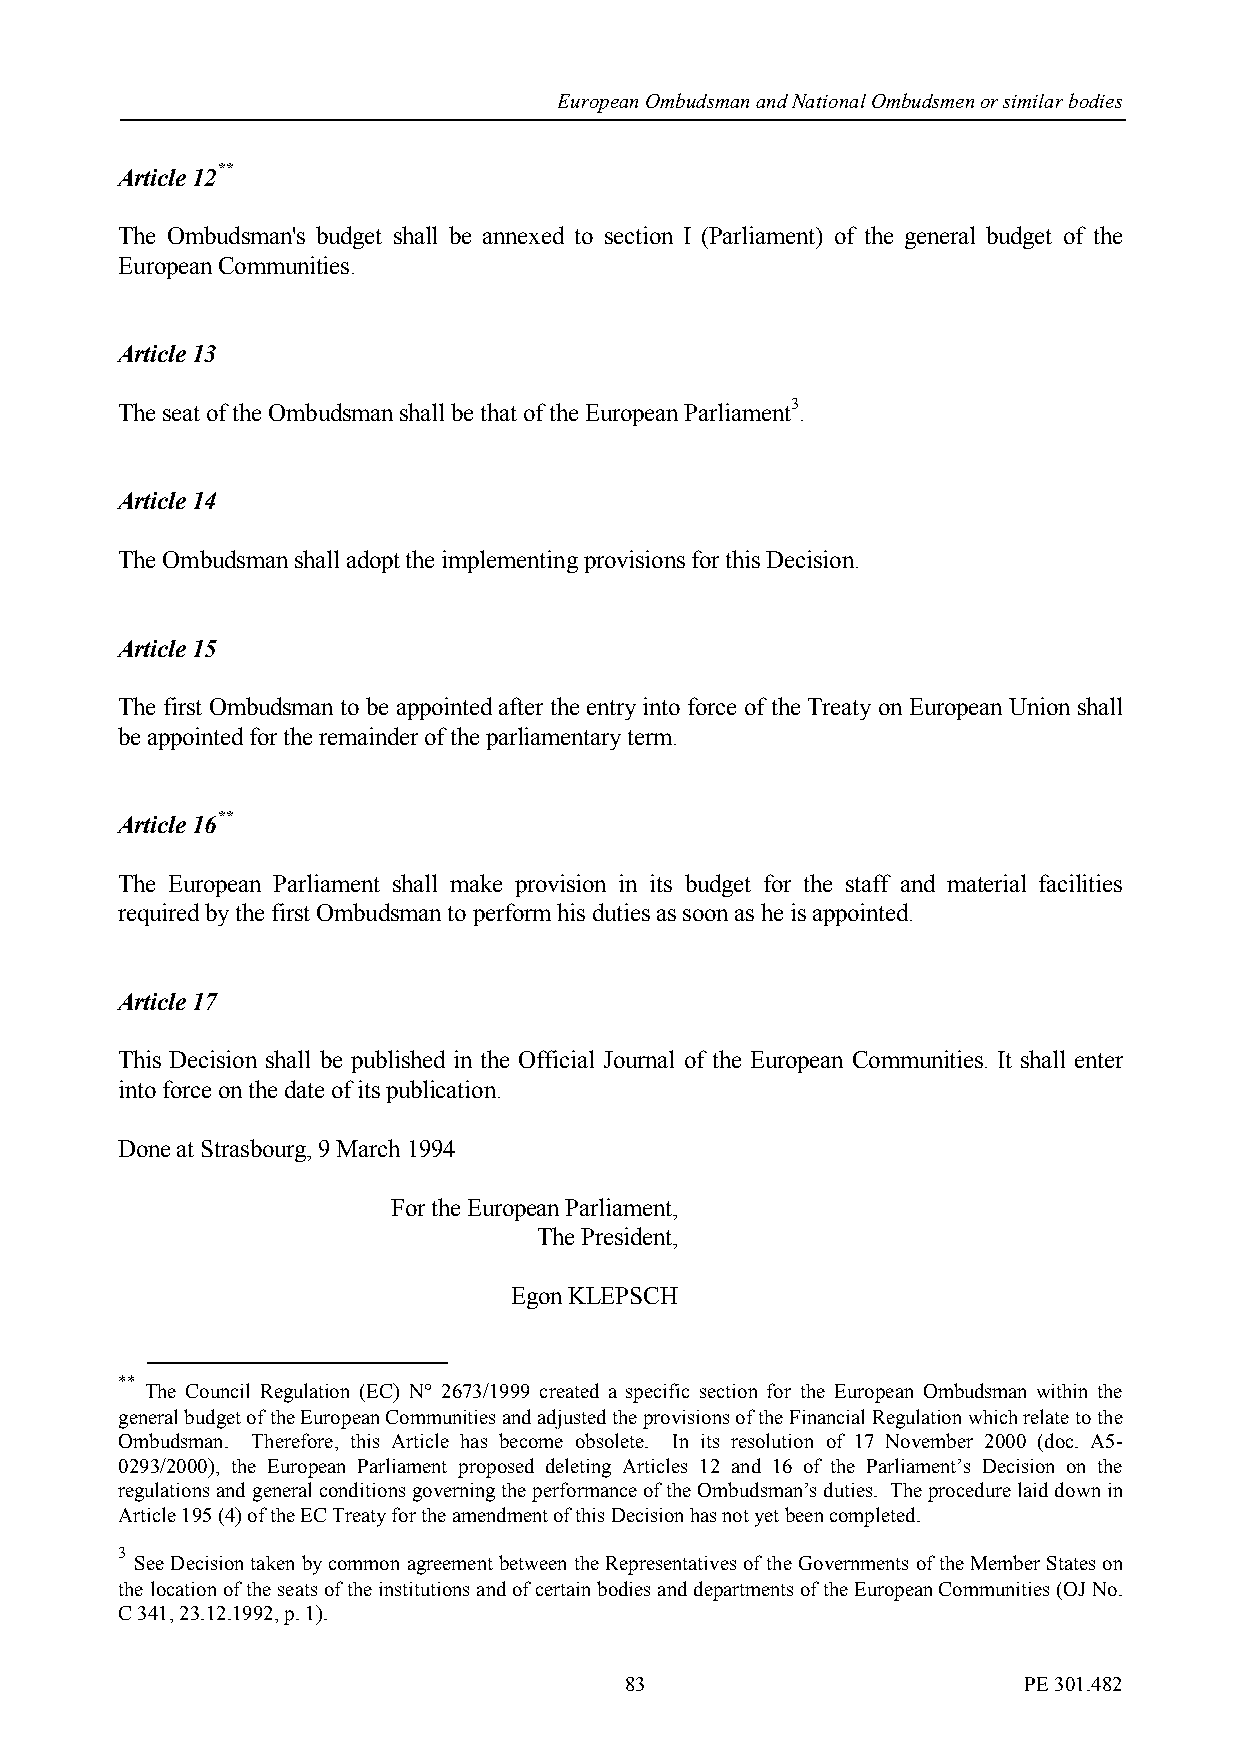
European Ombudsman and National Ombudsmen or similar bodies
 Article 12**
 The Ombudsman's budget shall be annexed to section I (Parliament) of the general budget of the
 European Communities.
 Article 13
 The seat of the Ombudsman shall be that of the European Parliament3.
 Article 14
 The Ombudsman shall adopt the implementing provisions for this Decision.
 Article 15
 The first Ombudsman to be appointed after the entry into force of the Treaty on European Union shall
 be appointed for the remainder of the parliamentary term.
 Article 16**
 The European Parliament shall make provision in its budget for the staff and material facilities
 required by the first Ombudsman to perform his duties as soon as he is appointed.
 Article 17
 This Decision shall be published in the Official Journal of the European Communities. It shall enter
 into force on the date of its publication.
 Done at Strasbourg, 9 March 1994
 For the European Parliament,
 The President,
 Egon KLEPSCH
 **
 The Council Regulation (EC) N° 2673/1999 created a specific section for the European Ombudsman within the
 general budget of the European Communities and adjusted the provisions of the Financial Regulation which relate to the
 Ombudsman. Therefore, this Article has become obsolete. In its resolution of 17 November 2000 (doc. A5-
 0293/2000), the European Parliament proposed deleting Articles 12 and 16 of the Parliament’s Decision on the
 regulations and general conditions governing the performance of the Ombudsman’s duties. The procedure laid down in
 Article 195 (4) of the EC Treaty for the amendment of this Decision has not yet been completed.
 3
 See Decision taken by common agreement between the Representatives of the Governments of the Member States on
 the location of the seats of the institutions and of certain bodies and departments of the European Communities (OJ No.
 C 341, 23.12.1992, p. 1).
 83                         PE 301.482